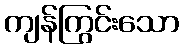
ကျန်ကြွင်းသော